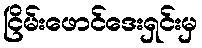
ငြိမ်းဖောင်ဒေးရှင်းမှ